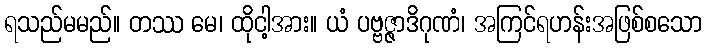
ရသည်မမည်။ တဿ မေ၊ ထိုငါ့အား။ ယံ ပဗ္ဗဇ္ဇာဒိဂုဏံ၊ အကြင်ရဟန်းအဖြစ်စသော